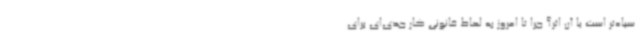
سیاه‌تر است یا آن اثر؟ چرا تا امروز به لحاظ قانونی کار جدی‌ای برای